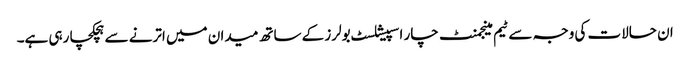
ان حالات کی وجہ سے ٹیم مینجمنٹ چار اسپیشلسٹ بولرز کے ساتھ میدان میں اترنے سے ہچکچا رہی ہے۔